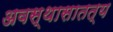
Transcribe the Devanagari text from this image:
अवस्थासातत्य